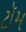
ટૉમ